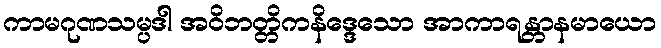
ကာမဂုဏသမ္ပဒါ အဝိဘတ္တိကနိဒ္ဒေသော အာကာရန္တာနမာယော